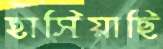
হাসিয়াছি